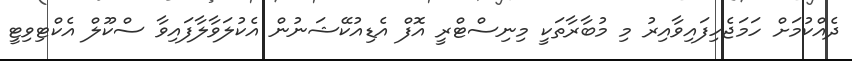
ދެއްކުމަށް ހަމަޖެހިފައިވާއިރު މި މުބާރާތަކީ މިނިސްޓްރީ އޮފް އެޑިއުކޭޝަނުން އެކުލަވާލާފައިވާ ސްކޫލް އެކްޓިވިޓީ